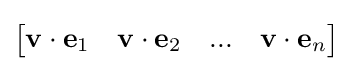
{\begin{bmatrix}\mathbf {v} \cdot \mathbf {e} _{1}&\mathbf {v} \cdot \mathbf {e} _{2}&...&\mathbf {v} \cdot \mathbf {e} _{n}\end{bmatrix}}